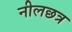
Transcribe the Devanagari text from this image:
नीलछत्र